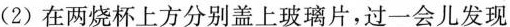
(2)在两烧杯上方分别盖上玻璃片，过一会儿发现